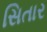
સિતાર